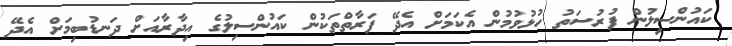
ކައުންސިލުން ފުރުސަތު ހުޅުވުމުން އެކަމަށް އެދޭ ފަރާތްތަކުން ކައުންސިލުގެ އިދާރާއަށް ދަނޑުބިމަށް އެދޭ